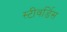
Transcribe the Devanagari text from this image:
स्‍टीवर्डिस